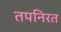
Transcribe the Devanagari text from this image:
तपनिरत